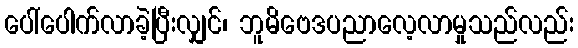
ပေါ်ပေါက်လာခဲ့ပြီးလျှင်၊ ဘူမိဗေဒပညာလေ့လာမှုသည်လည်း